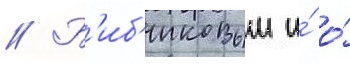
// Б'иб'иковым и́ о́